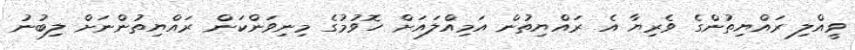
ވީއްލި ރައްޔިތުންގެ ވެރިޔާ އެ ރައްޔިތުން އަމިއްލައަށް ހޮވުމުގެ މިނިވަންކަން ރައްޔިތުންނަށް ލިބުނު